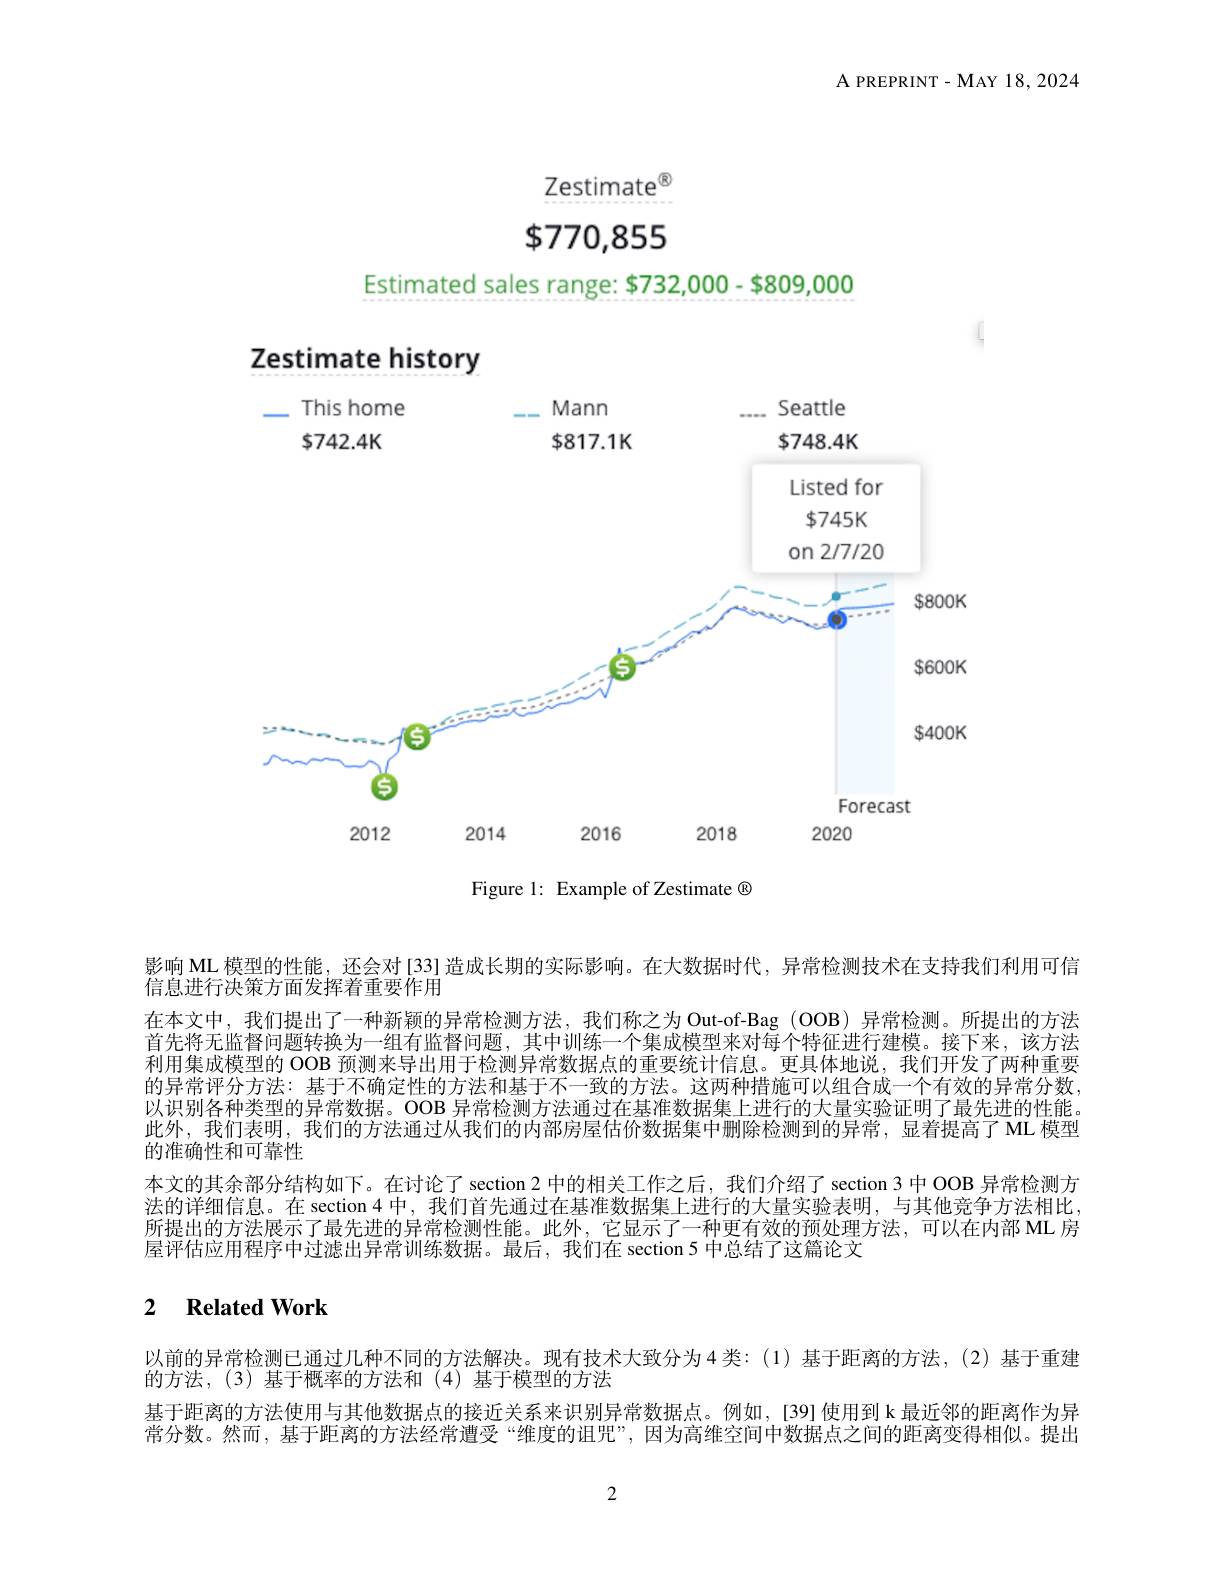
A PREPRINT- MAY 18,2024

Zestimate$^{\textcircled{\mathrm{R}}}$

$\$770,855$

Estimated sales range: $732,000- $809,000

Zestimate history

<FigureHere>
Figure 1: Example of Zestimate ®

影响 ML 模型的性能，还会对[33]造成长期的实际影响。在大数据时代，异常检测技术在支持我们利用可信
信息进行决策方面发挥着重要作用
在本文中，我们提出了一种新颖的异常检测方法，我们称之为 Out-of-Bag (OOB) 异常检测。所提出的方法首先将无监督问题转换为一组有监督问题，其中训练一个集成模型来对每个特征进行建模。接下来，该方法利用集成模型的 OOB 预测来导出用于检测异常数据点的重要统计信息。更具体地说，我们开发了两种重要的异常评分方法：基于不确定性的方法和基于不一致的方法。这两种措施可以组合成一个有效的异常分数， 以识别各种类型的异常数据。OOB 异常检测方法通过在基准数据集上进行的大量实验证明了最先进的性能。此外，我们表明，我们的方法通过从我们的内部房屋估价数据集中删除检测到的异常，显着提高了 ML 模型的准确性和可靠性
本文的其余部分结构如下。在讨论了 section 2 中的相关工作之后，我们介绍了 section 3 中 OOB 异常检测方法的详细信息。在 section 4 中，我们首先通过在基准数据集上进行的大量实验表明，与其他竞争方法相比， 所提出的方法展示了最先进的异常检测性能。此外，它显示了一种更有效的预处理方法，可以在内部 ML 房屋评估应用程序中过滤出异常训练数据。最后，我们在 section 5 中总结了这篇论文

## 2 $\textbf{Related Work}$

以前的异常检测已通过几种不同的方法解决。现有技术大致分为 4 类：(1)基于距离的方法，(2) 基于重建
的方法，(3)基于概率的方法和(4)基于模型的方法
基于距离的方法使用与其他数据点的接近关系来识别异常数据点。例如，[39]使用到 k 最近邻的距离作为异常分数。然而，基于距离的方法经常遭受“维度的诅咒”,因为高维空间中数据点之间的距离变得相似。提出

2